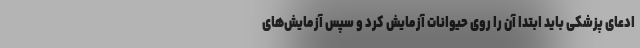
ادعای پزشکی باید ابتدا آن را روی حیوانات آزمایش کرد و سپس آزمایش‌های